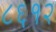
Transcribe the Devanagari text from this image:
८६१२